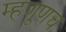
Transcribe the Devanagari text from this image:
म्हणूणच